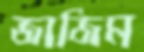
জাজিম